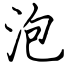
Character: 泡